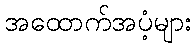
အထောက်အပံ့များ